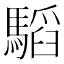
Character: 𩥅